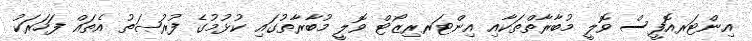
އިންޓަރއޮފީސް ވޮލީ މުބާރާތްތަކާއި އިންޓަރރިޒޯޓް ވޮލީ މުބާރާތުގައި ކުޅުމުގެ ފުރުޞަތު އެތައް ފަހަރަކު